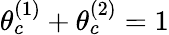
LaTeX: \theta_{c}^{(1)}+\theta_{c}^{(2)}=1